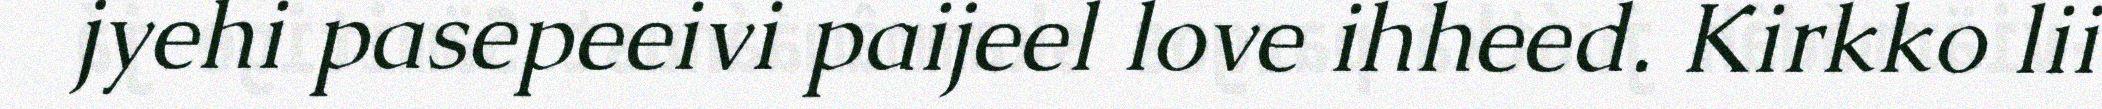
jyehi pasepeeivi paijeel love ihheed. Kirkko lii